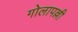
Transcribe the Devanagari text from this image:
गोलापल्ली